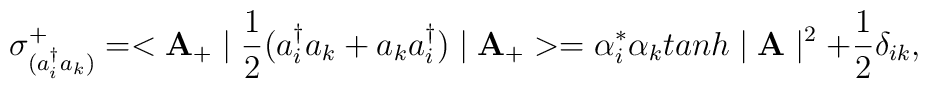
\sigma_{(a_{i}^{\dag}a_{k})}^{+}=<{\bf A}_{+} \mid\frac{1}{2}(a_{i}^{\dag}a_{k}+a_{k}a_{i}^{\dag})\mid {\bf A_{+}}>=\alpha_{i}^{*}\alpha_{k}tanh\mid {\bf A} \mid^{2}+\frac{1}{2} \delta_{ik},\nonumber\\